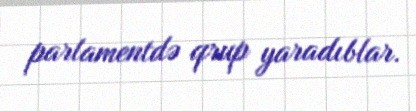
parlamentdə qrup yaradıblar.